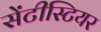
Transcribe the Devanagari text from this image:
सेंटीस्टियर